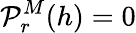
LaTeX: {\cal P}_{r}^{M}(h)=0